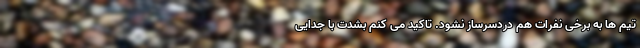
تیم ها به برخی نفرات هم دردسرساز نشود. تاکید می کنم بشدت با جدایی